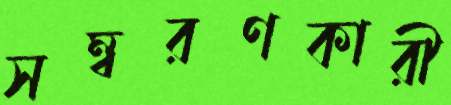
সম্বরণকারী